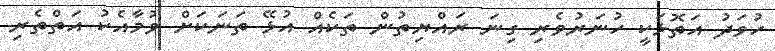
ހުވަދު އަތޮޅަކީ ހުނަރުވެރި ގިނަ ރައްޔިތުން ތަކެއް އުޅޭ ތަނަކަށް ވުމާއެކު އަތްތެރި